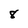
Character: 8